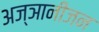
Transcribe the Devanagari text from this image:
अज्ञानीजन